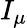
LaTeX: I_{\mu}